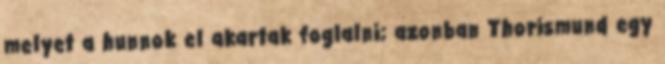
melyet a hunnok el akartak foglalni; azonban Thorismund egy